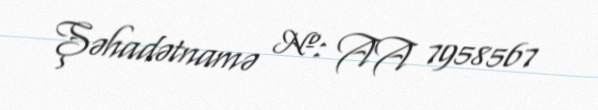
Şəhadətnamə №: AA 7958567